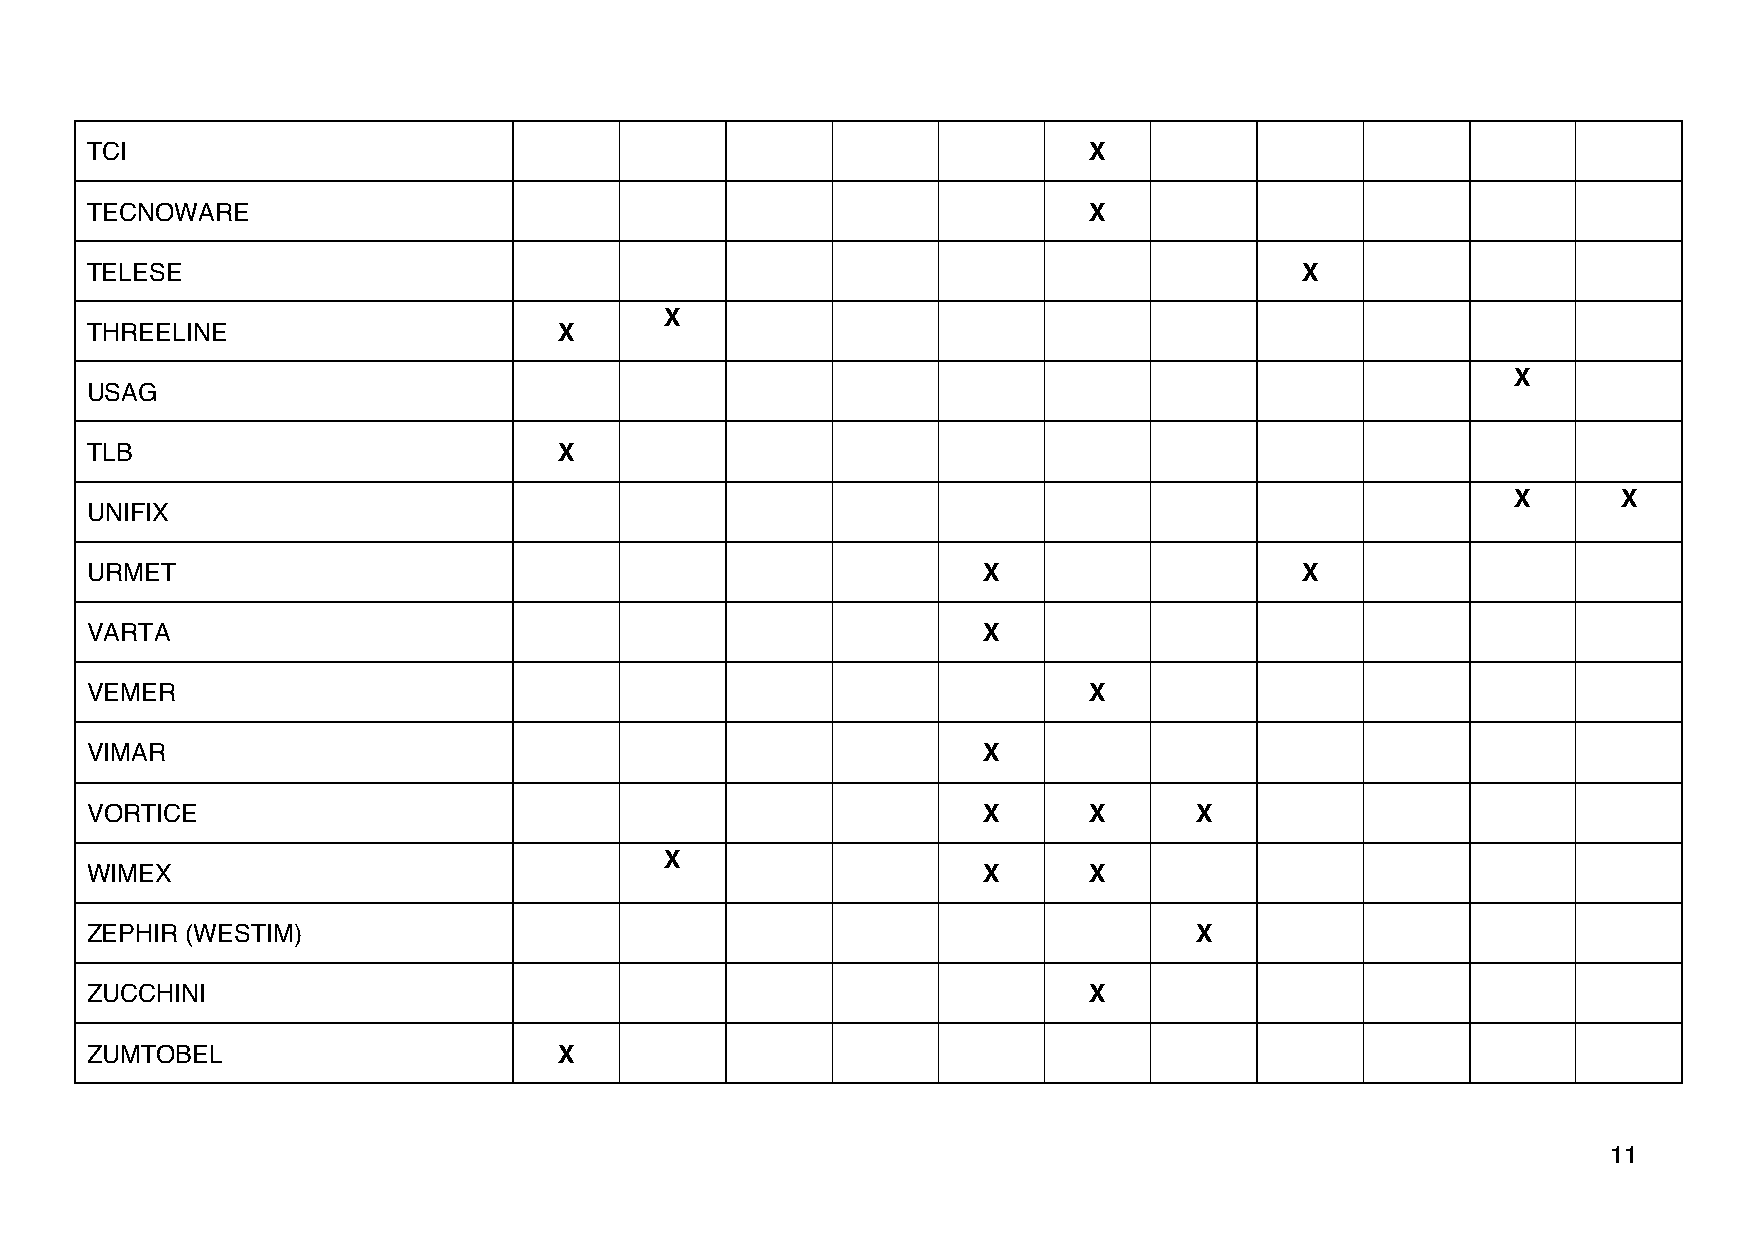
TCI                                                               X
 TECNOWARE                                                         X
 TELESE                                                                          X
 X
 THREELINE                      X
 X
 USAG
 TLB                            X
 X      X
 UNIFIX
 URMET                                                      X                    X
 VARTA                                                      X
 VEMER                                                             X
 VIMAR                                                      X
 VORTICE                                                    X      X      X
 X
 WIMEX                                                      X      X
 ZEPHIR (WESTIM)                                                          X
 ZUCCHINI                                                          X
 ZUMTOBEL                       X
 11